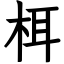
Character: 栮